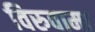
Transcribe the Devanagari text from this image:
विरुवामा